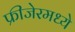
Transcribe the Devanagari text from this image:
फ्रीजेरमध्ये